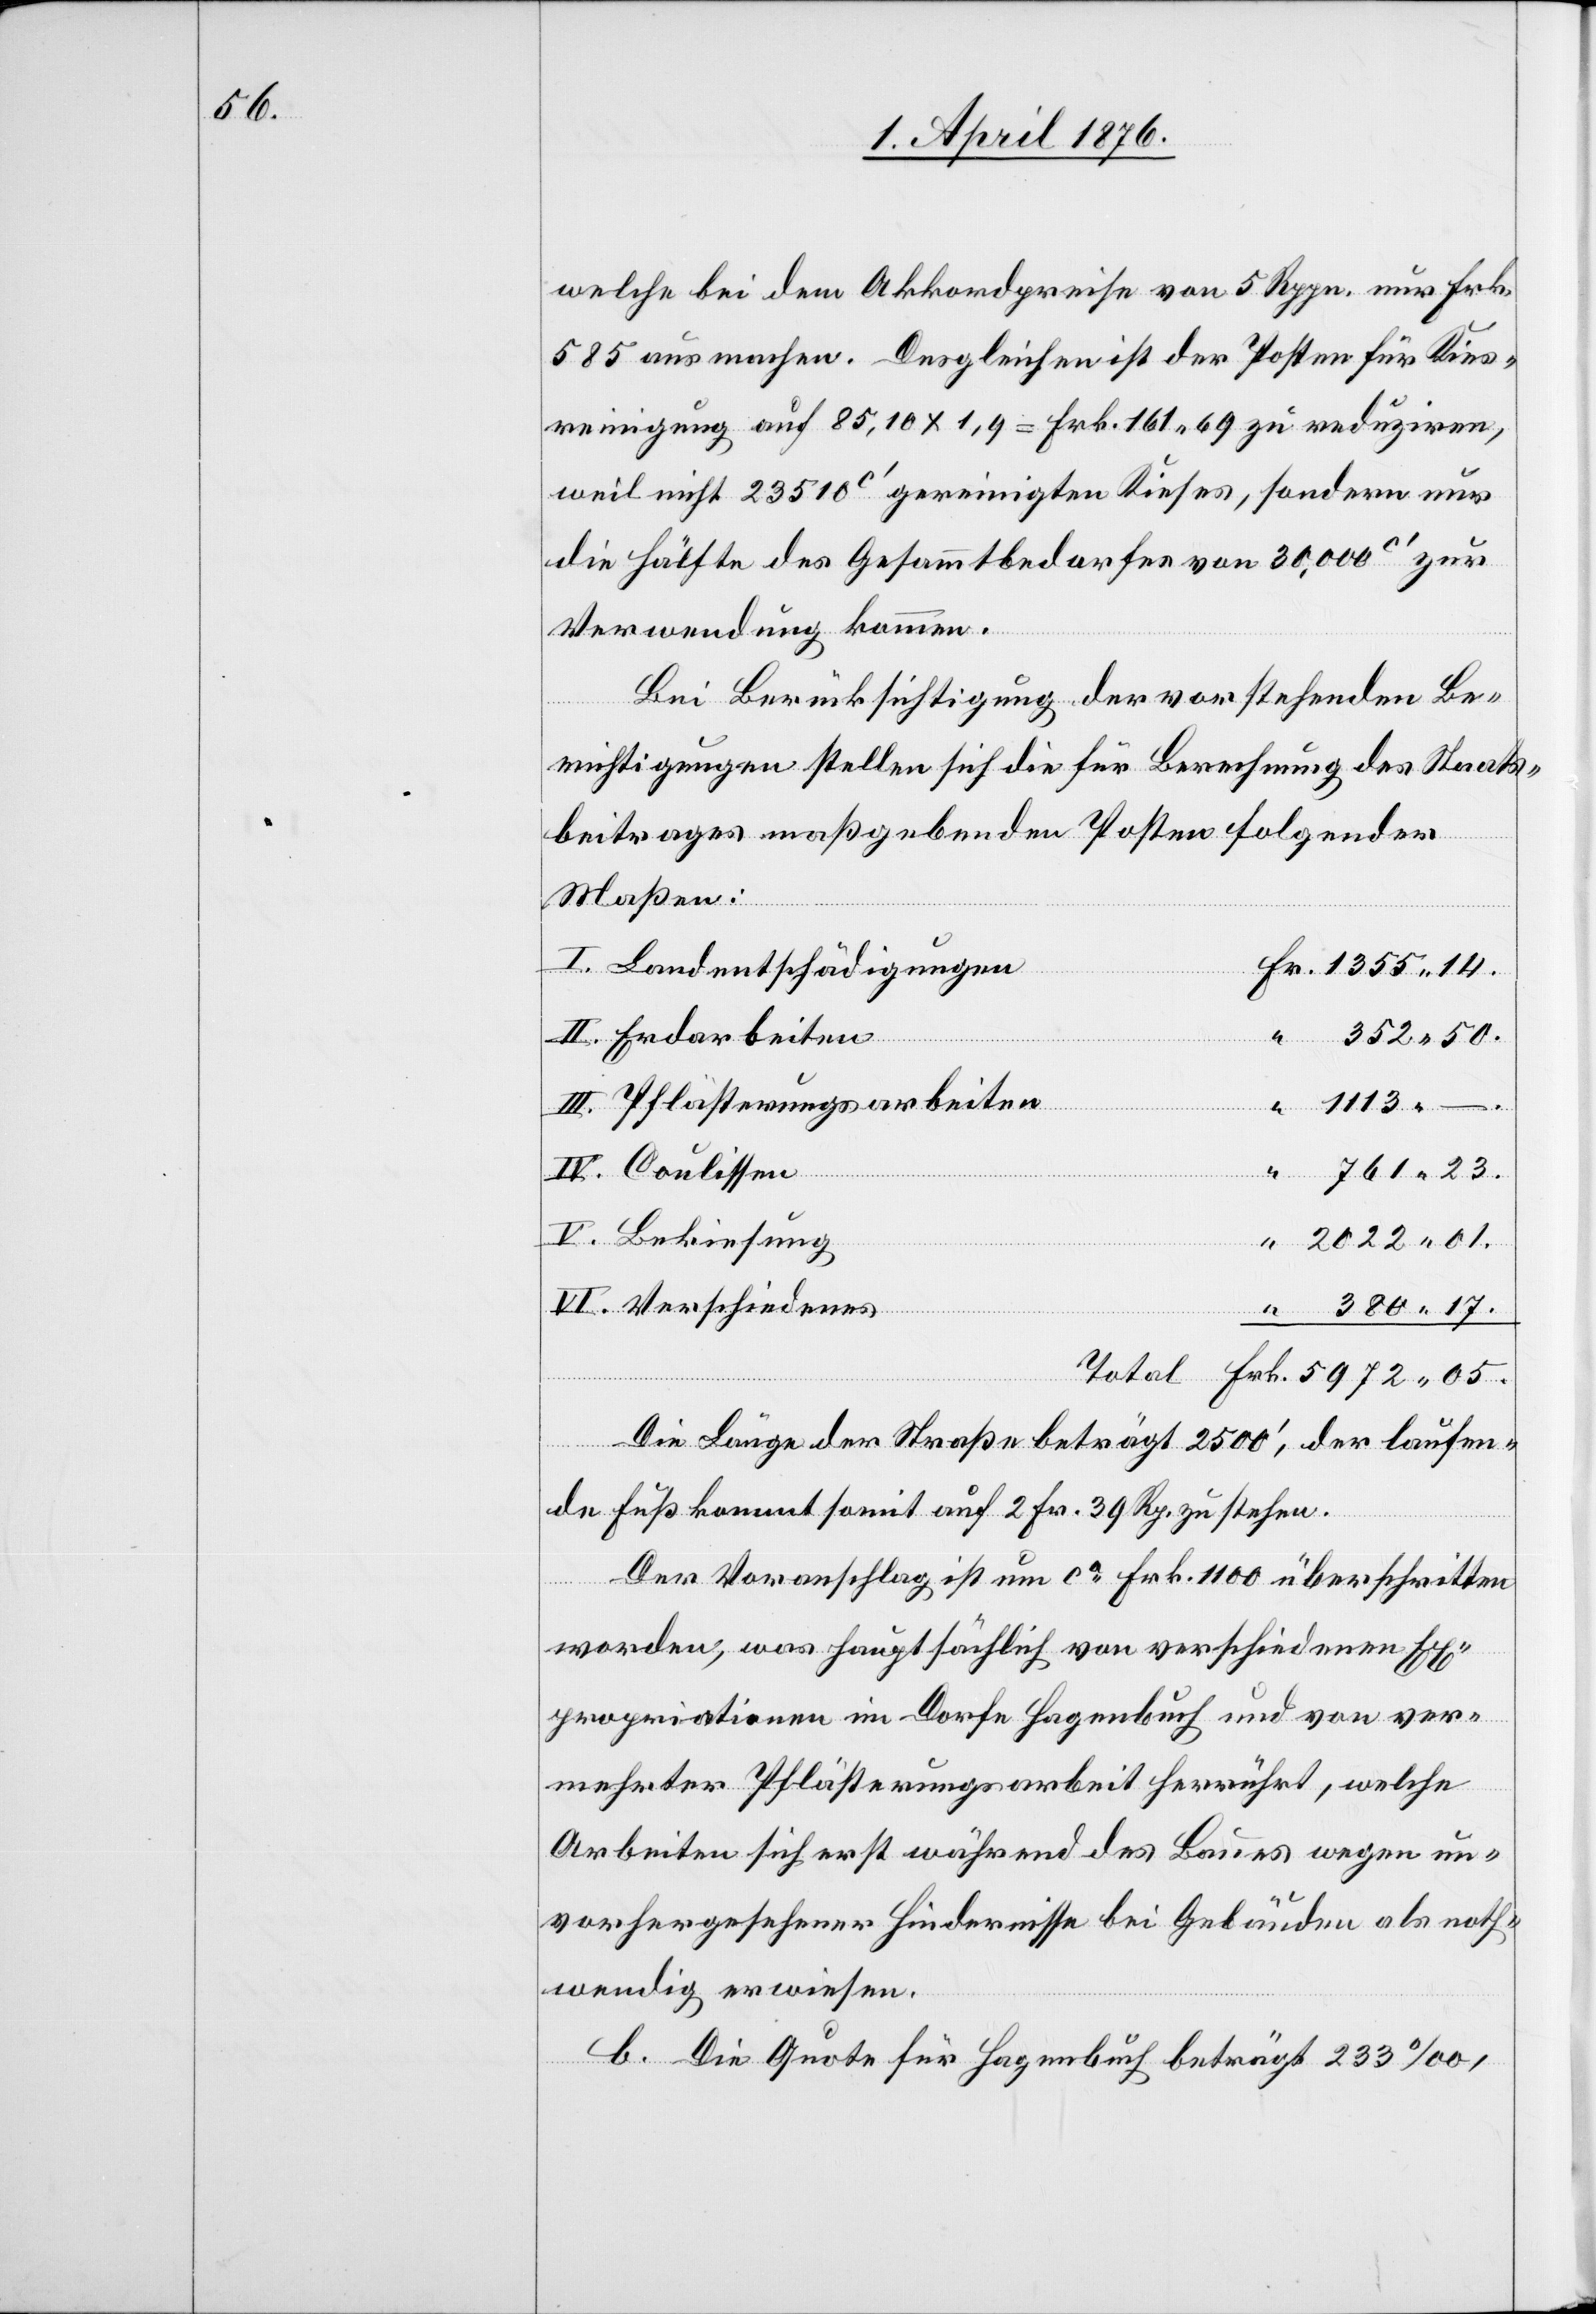
welche bei dem Akkordpreise von 5 Rppn. nur Frk.
585 ausmachen. Desgleichen ist der Posten für Kies¬
reinigung auf 85,10 x 1,9 = Frk. 161 69 zu reduziren,
weil nicht 23510 c’ gereinigten Kieses, sondern nur
die Hälfte des Gesamtbedarfes von 30,000 c‘ zur
Verwendung kamen.
Bei Berücksichtigung der vorstehenden Be¬
richtigungen stellen sich die für Berechnung des Staats¬
beitrages maßgebenden Posten folgender
Maßen:
05.
Landentschädigungen
Erdarbeiten
Pflästerungsarbeiten
1113
II.
Verschiedenes
17.
Die Länge der Straße beträgt 2500‘, der laufen¬
kiesung
de Fuß kommt somit auf 2 Fr. 39 Rp. zu stehen.
Der Voranschlagt ist um ca Frk. 1100 überschritten
Frk.
worden, was hauptsächlich von verschiedenen Ex¬
propriationen im Dorfe Hagenbuch und von ver¬
mehrter Pflästerungsarbeit herrührt, welche
Arbeiten sich erst während des Baues wegen un¬
vorhergesehener Hindernisse bei Gebäuden als noth¬
wendig erwiesen.
b. Die Quote für Hagenbuch beträgt 233 ‰,